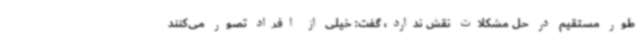
طور مستقیم در حل مشکلات نقش ندارد، گفت: خیلی از افراد تصور می‌کنند